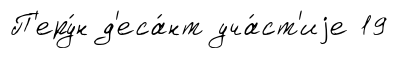
П'еру́н д'еса́нт уча́ст'иjе 19